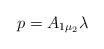
LaTeX: \begin{align*}p=A_{1\mu_2} \lambda\end{align*}